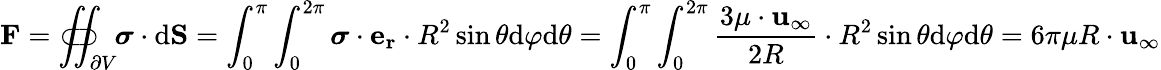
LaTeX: \mathbf{F}=\iint_{\partial V}\! \! \! \! \! \! \! \! \! \! \! \! \! \! \subset\! \supset\; {\boldsymbol{\sigma}}\cdot{\mathrm{d}}\mathbf{S}=\int_{0}^{\pi}\int_{0}^{2\pi}{\boldsymbol{\sigma}}\cdot\mathbf{e_{r}}\cdot R^{2}\sin\theta{\mathrm{d}}\varphi{\mathrm{d}}\theta=\int_{0}^{\pi}\int_{0}^{2\pi}{\frac{3\mu\cdot\mathbf{u}_{\infty}}{2R}}\cdot R^{2}\sin\theta{\mathrm{d}}\varphi{\mathrm{d}}\theta=6\pi\mu R\cdot\mathbf{u}_{\infty}